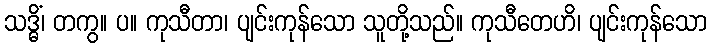
သဒ္ဓိံ၊ တကွ။ ပ။ ကုသီတာ၊ ပျင်းကုန်သော သူတို့သည်။ ကုသီတေဟိ၊ ပျင်းကုန်သော